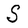
Character: S